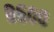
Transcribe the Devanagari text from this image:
८६००